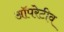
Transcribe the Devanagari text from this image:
ऑपरेटीव